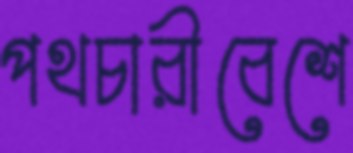
পথচারীবেশে